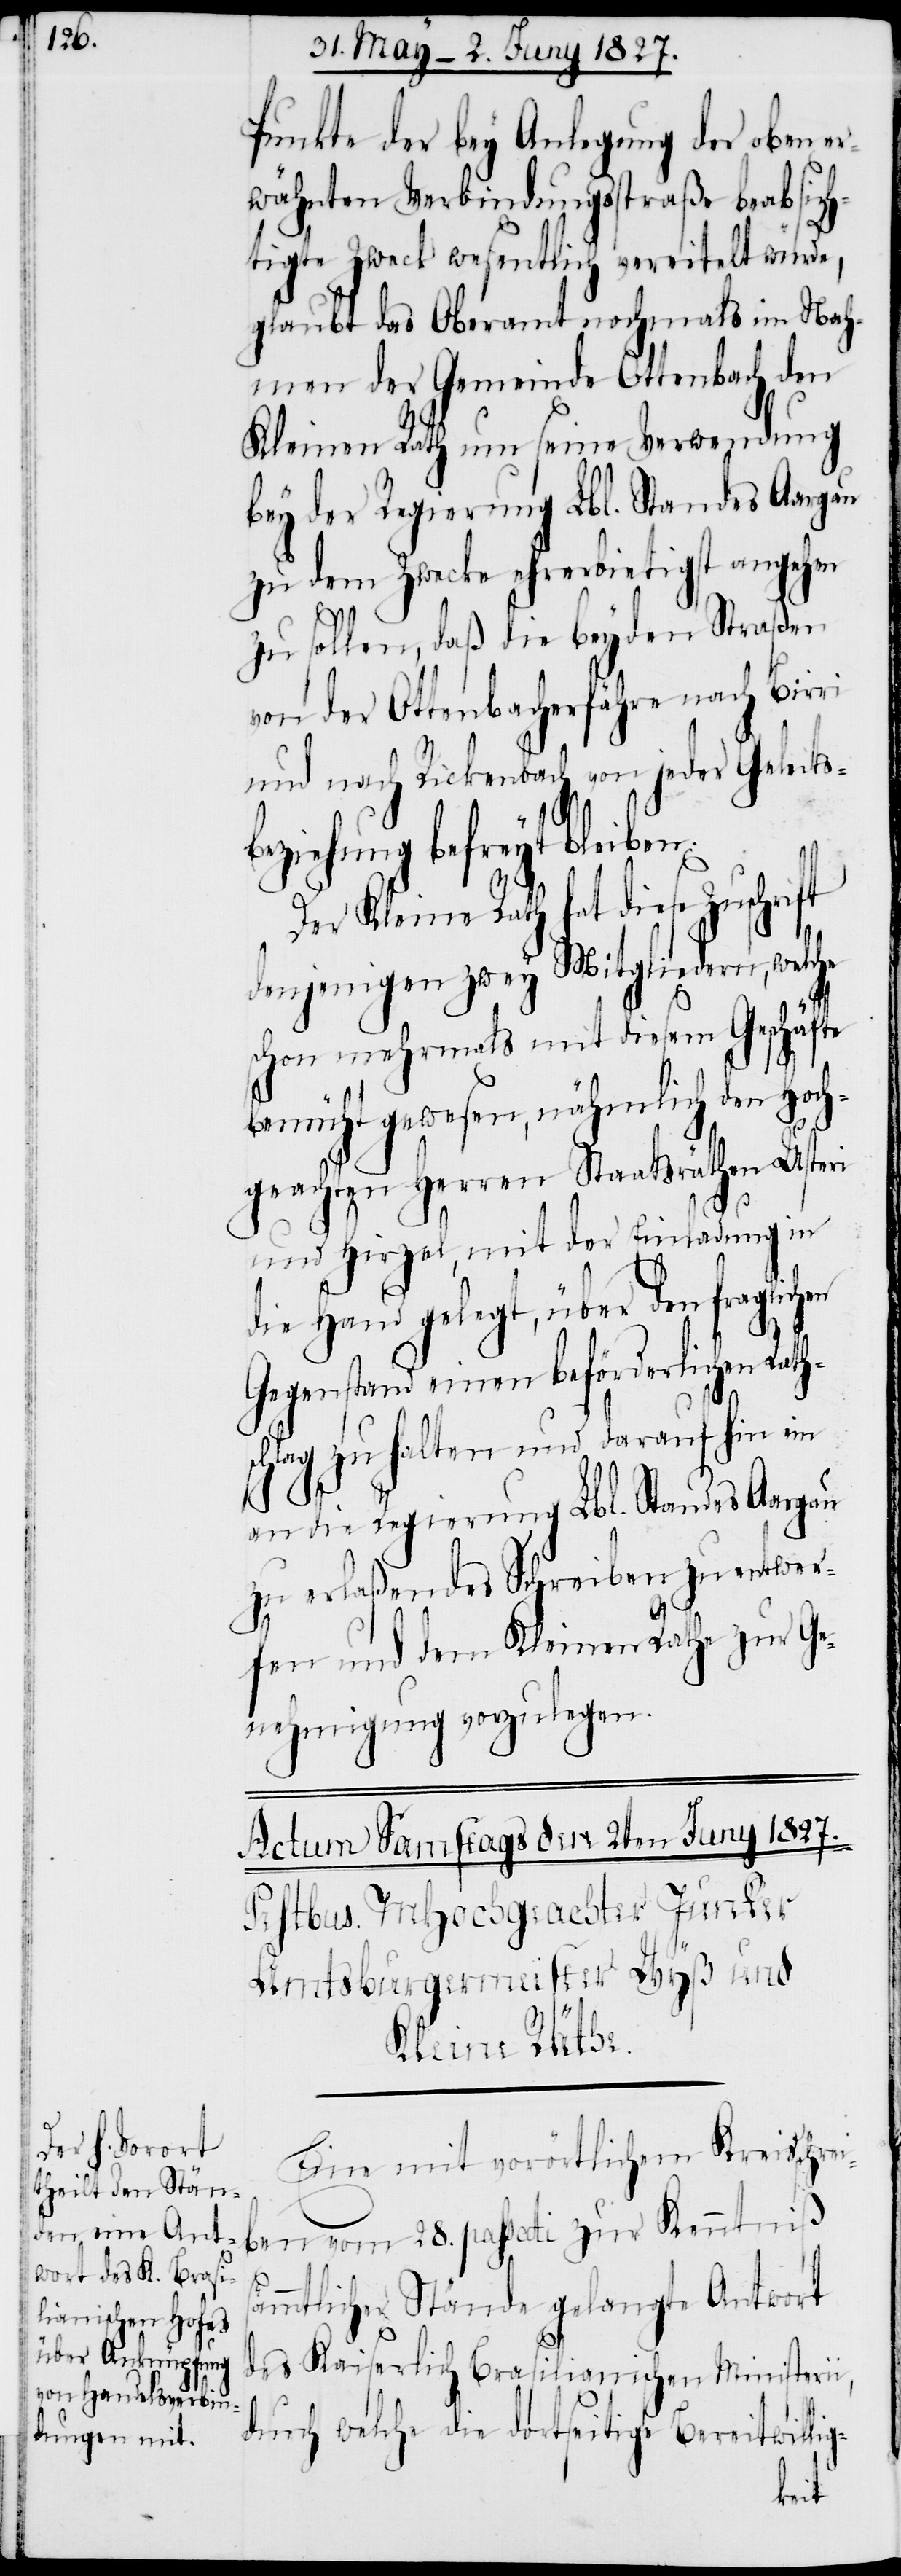
Puncte der bey Anlegung der oben er¬
wähnten Verbindungsstraße beabsich¬
tigte Zweck wesentlich vereitelt würde,
glaubt das Oberamt nochmals im Nah¬
men der Gemeinde Ottenbach den
Kleinen Rath um seine Verwendung
bey der Regierung Lbl. Standes Aargau
zu dem Zwecke ehrerbietigst angehen
ft
zu sollen, daß die beyden Straßen
von der Ottenbacherfähre nach Birri
und nach Rickenbach von jeder Geleits¬
beziehung befreyt bleiben.
Der Kleine Rath hat diese Zuschri¬
denjenigen zwey Mitgliedern, welche
schon mehrmals mit diesem Geschäfte
bemüht gewesen, nämlich den Hoch¬
geachten Herren Staatsräthen Usteri
und Hirzel mit der Einladung in
die Hand gelegt, über den fraglic¬
Gegenstand einen beförderlichen Rath¬
schlag zu halten und darauf hin ein
an die Regierung Lbl. Standes Aargau
zu erlaßendes Schreiben zu entwer¬
fen und dem Kleinen Rathe zur Ge¬
nehmigung vorzulegen.
Eine mit vorörtlichen Kreisschr¬
ben vom 28. passati zur Kenntniß
ämmtlicher Stände gelangte Antwort
des Kaiserlich Brasilianischen Ministerii,
durch welche die dortseitige Bereitwil¬
lig-